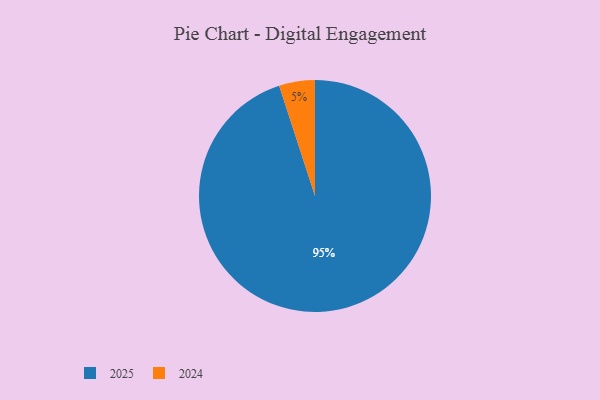
{"axis": {"x": "Category", "y": "Percentage"}, "legend": ["2024", "2025"], "data": [{"x": "2024", "y": 5, "type": "2024"}, {"x": "2025", "y": 95, "type": "2025"}]}